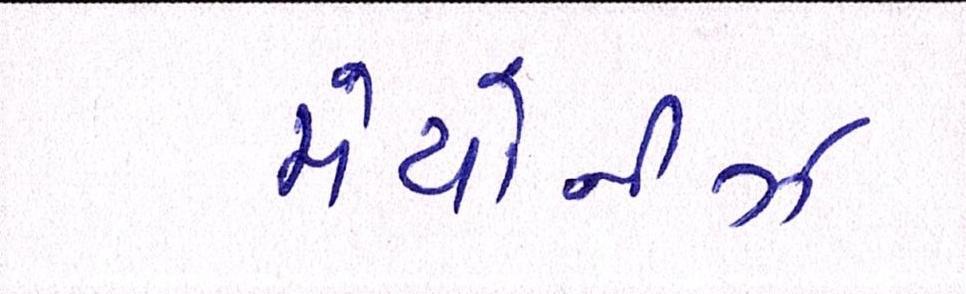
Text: મેયોનીઝ